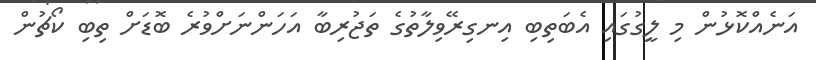
އަނެއްކޮޅުން މި ލީގުގައި އެބަތިބި އިނގިރޭވިލާތުގެ ތަޖުރިބާ އަހަންނަށްވުރެ ބޮޑަށް ތިބި ކޯޗުން